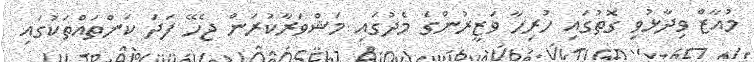
މުއާޒް ވިދާޅުވި ގޮތުގައި ހުރިހާ ވަޒީރުންގެ މެދުގައި މަޝްވަރާކުރަން ޖެހޭ ފަދަ ކަންތައްތަކުގައި